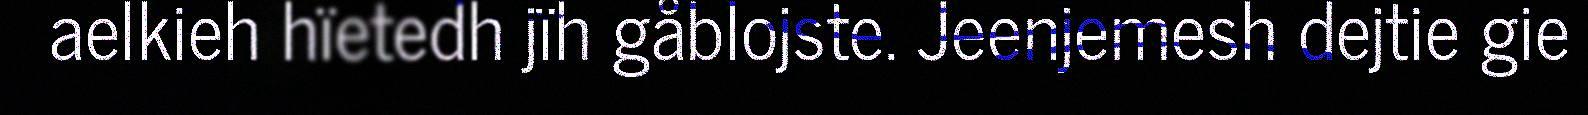
aelkieh hïetedh jïh gåblojste. Jeenjemesh dejtie gie